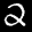
Label: 2